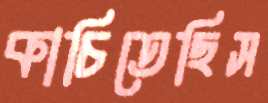
কাচিতেছিস